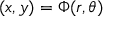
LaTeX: \displaystyle ( x , y ) = \Phi ( r , \theta )